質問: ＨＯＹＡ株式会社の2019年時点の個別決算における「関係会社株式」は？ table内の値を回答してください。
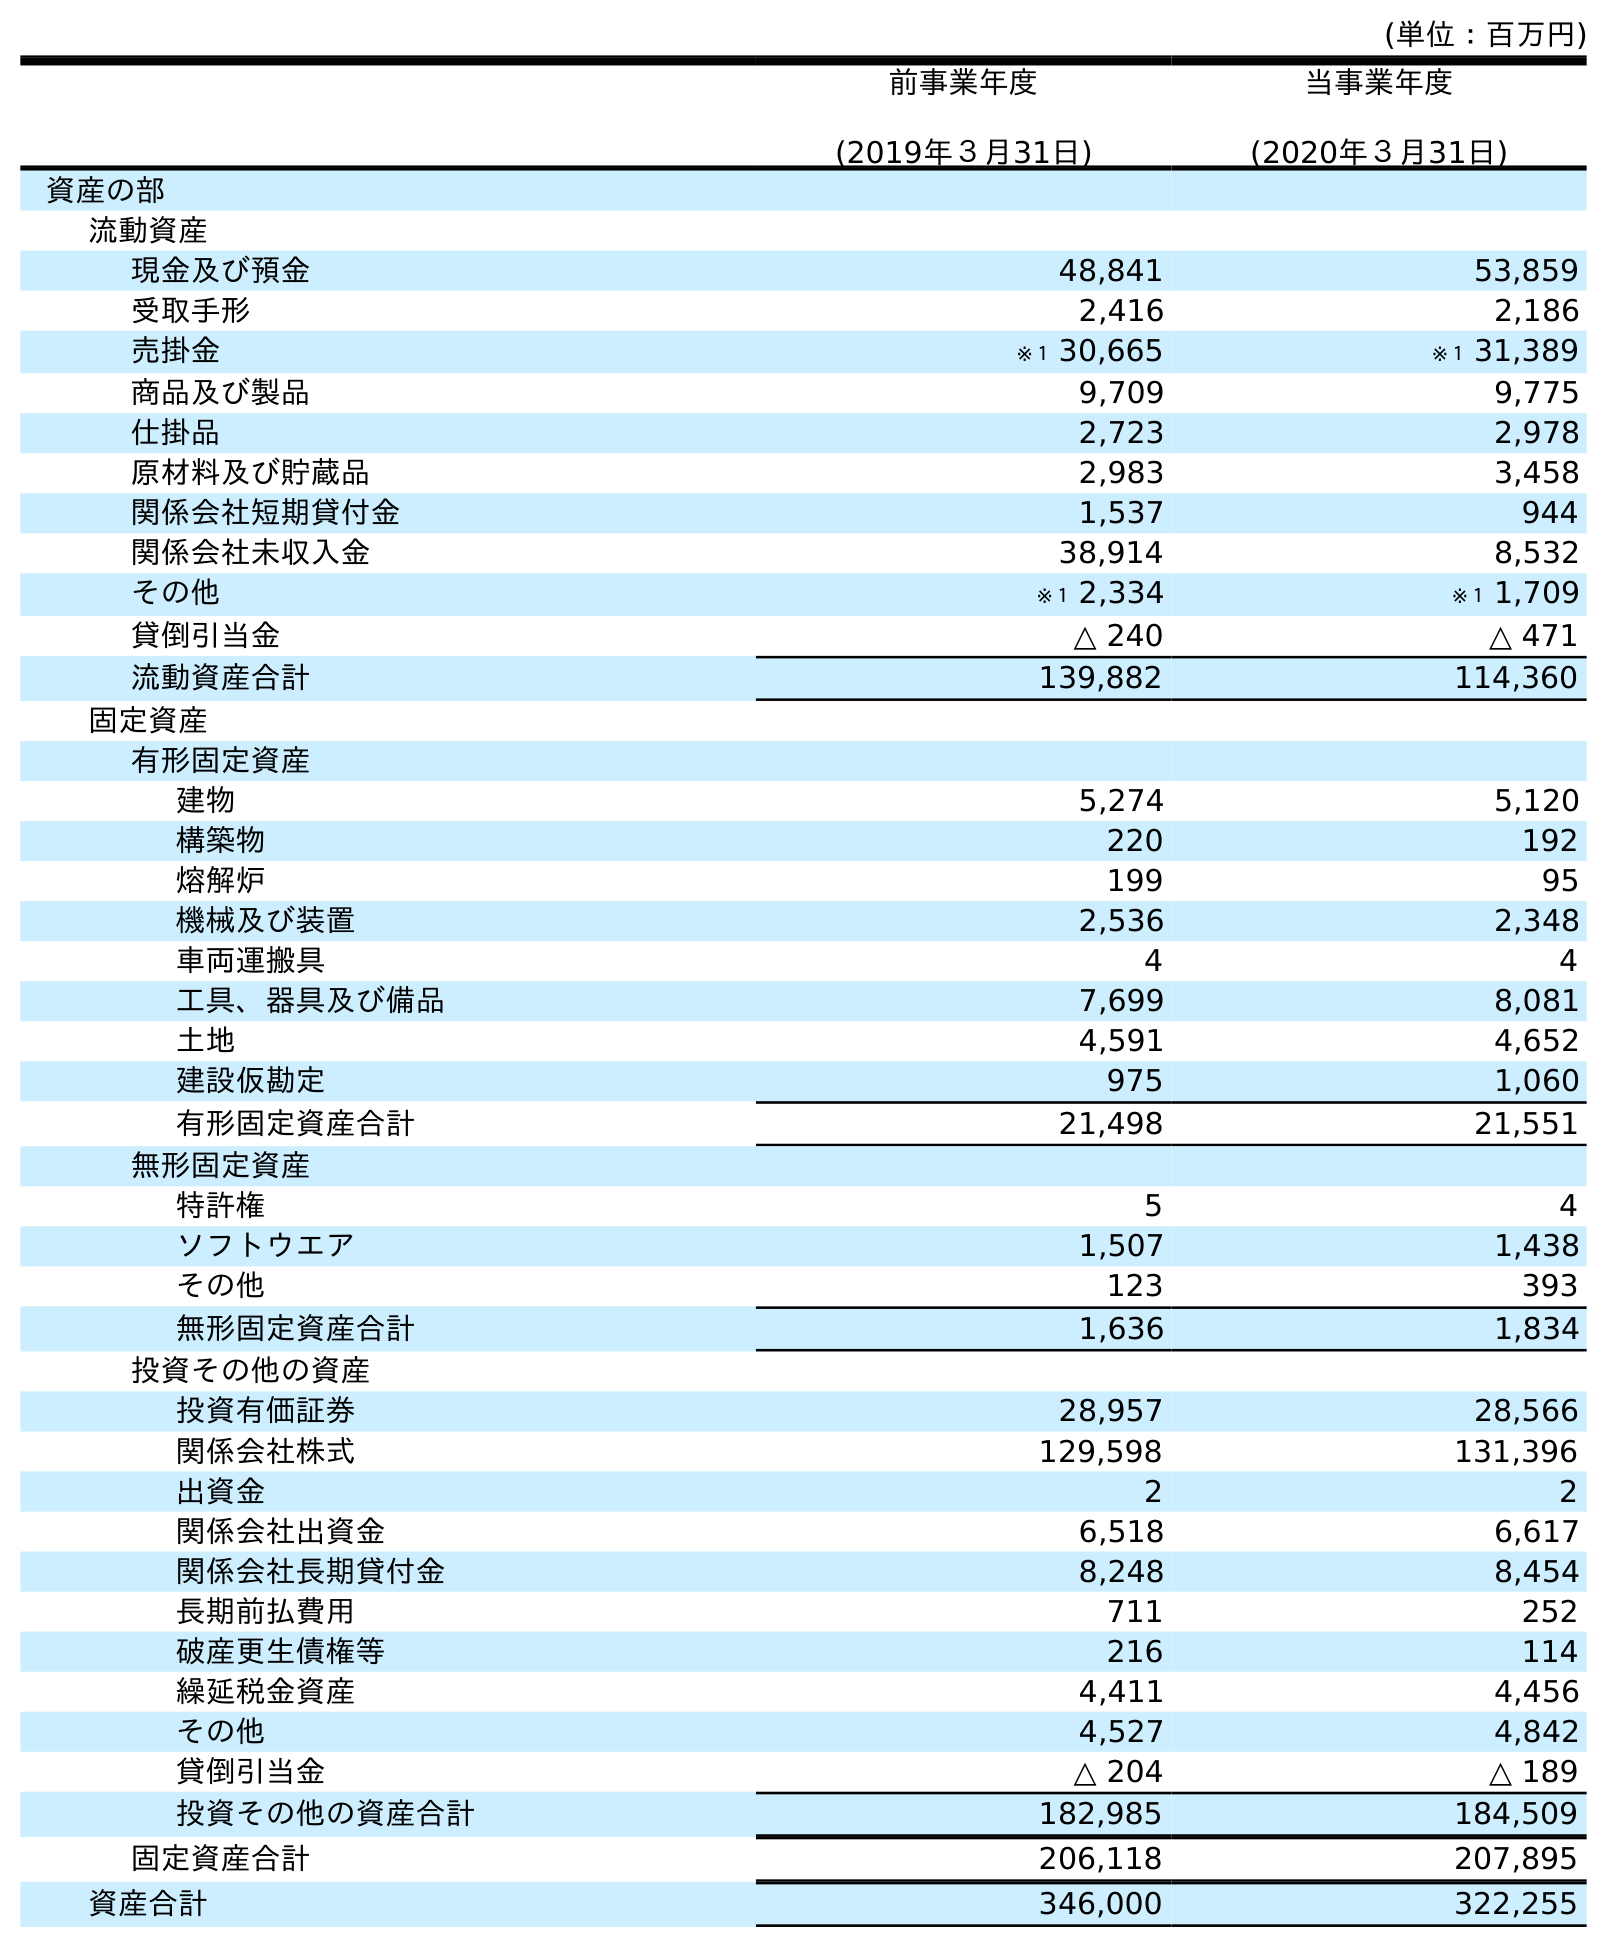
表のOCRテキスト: (単位：百万円) 前事業年度 (2019年３月31日) 当事業年度 (2020年３月31日) 資産の部 流動資産 現金及び預金 48,841 53,859 受取手形 2,416 2,186 売掛金 ※１ 30,665 ※１ 31,389 商品及び製品 9,709 9,775 仕掛品 2,723 2,978 原材料及び貯蔵品 2,983 3,458 関係会社短期貸付金 1,537 944 関係会社未収入金 38,914 8,532 その他 ※１ 2,334 ※１ 1,709 貸倒引当金 △ 240 △ 471 流動資産合計 139,882 114,360 固定資産 有形固定資産 建物 5,274 5,120 構築物 220 192 熔解炉 199 95 機械及び装置 2,536 2,348 車両運搬具 4 4 工具、器具及び備品 7,699 8,081 土地 4,591 4,652 建設仮勘定 975 1,060 有形固定資産合計 21,498 21,551 無形固定資産 特許権 5 4 ソフトウエア 1,507 1,438 その他 123 393 無形固定資産合計 1,636 1,834 投資その他の資産 投資有価証券 28,957 28,566 関係会社株式 129,598 131,396 出資金 2 2 関係会社出資金 6,518 6,617 関係会社長期貸付金 8,248 8,454 長期前払費用 711 252 破産更生債権等 216 114 繰延税金資産 4,411 4,456 その他 4,527 4,842 貸倒引当金 △ 204 △ 189 投資その他の資産合計 182,985 184,509 固定資産合計 206,118 207,895 資産合計 346,000 322,255
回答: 129,598